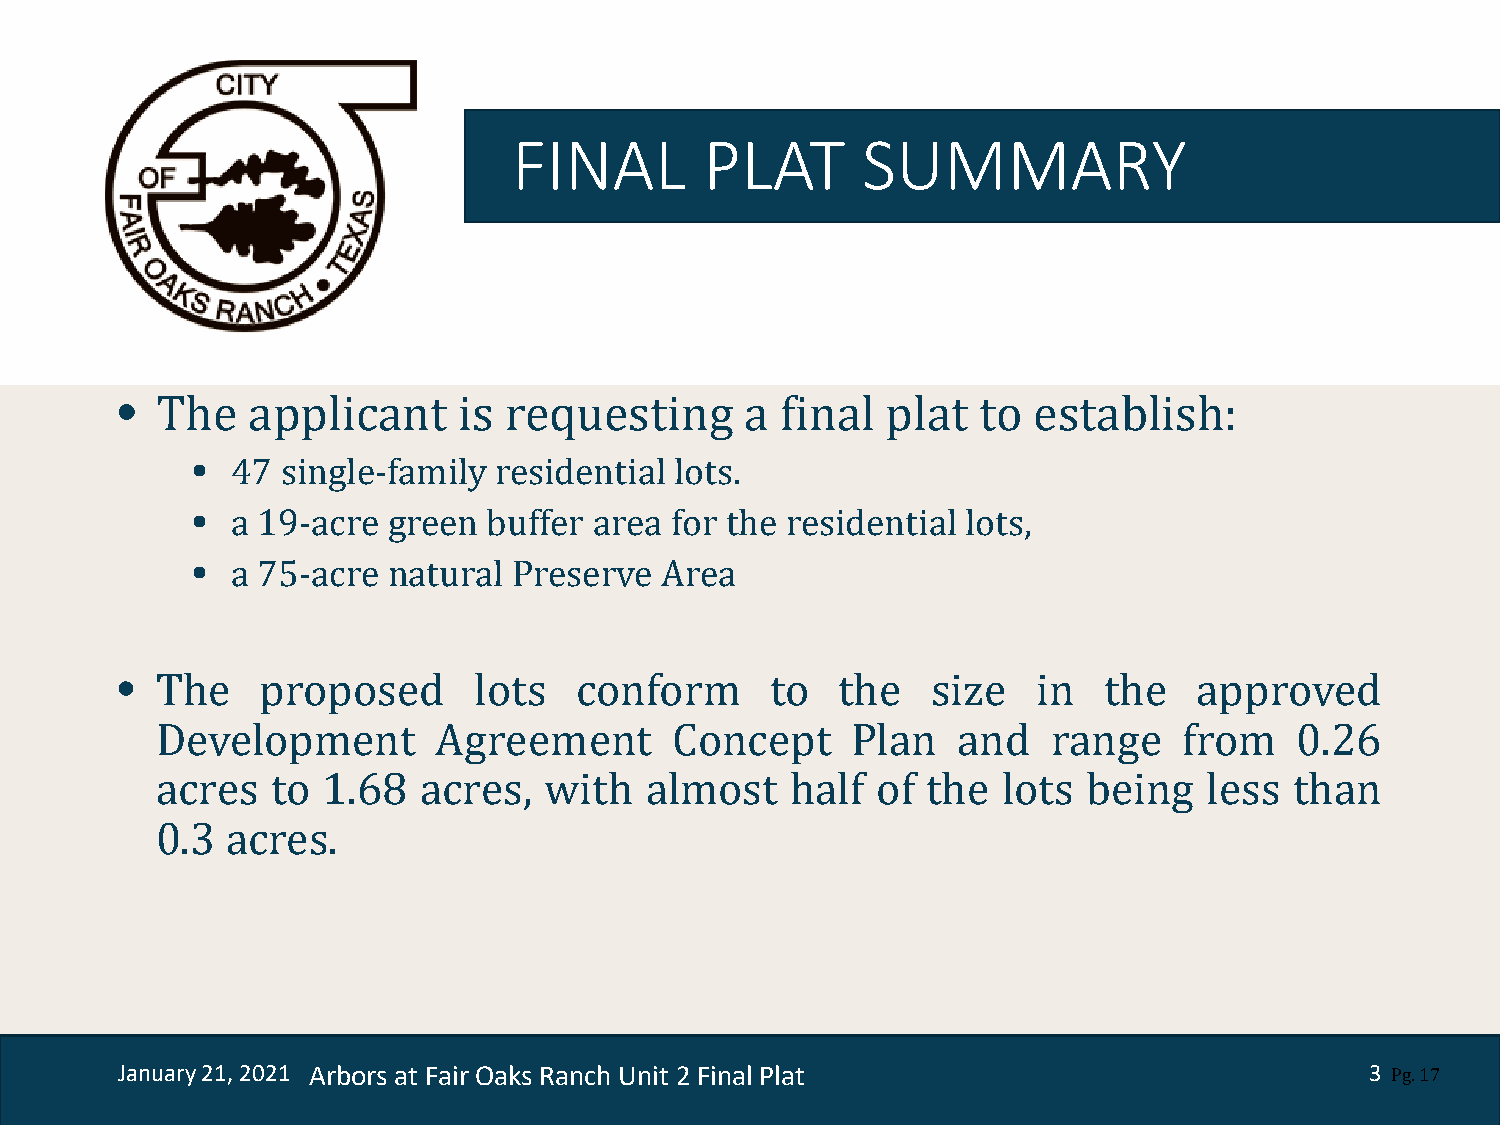
FINAL        PLAT      SUMMARY
 •
 •
 Th• e applicant     is requesting      a  final  plat  to establish:
 47  single-family residential lots.
 •
 a 19-acre  green buffer area for the residential lots,
 a 75-acre  natural Preserve  Area
 •
 The    proposed      lots   conform      to   the   size   in  the   approved
 Development        Agreement      Concept     Plan   and    range   from    0.26
 acres   to 1.68   acres,  with   almost   half  of the  lots  being   less  than
 0.3  acres.
 January 21, 2021 Arbors at Fair Oaks Ranch Unit 2 Final Plat                       3
 Pg. 17